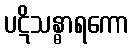
ပဋိသန္ဓာရကော